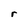
Character: r